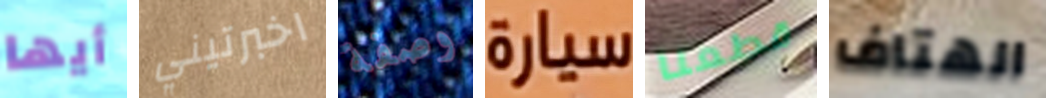
أيها اخبرتيني وصفة سيارة قطعنا الهتاف